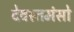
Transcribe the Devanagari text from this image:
देवस्तमंसो